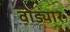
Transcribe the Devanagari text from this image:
वोड्यार